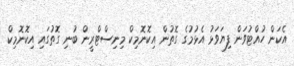
އެކަން ހުއްޓުވަން ފިޔަވަޅު އެޅުމުގެ ގޮތުން އިކޮނޮމިކް މިނިސްޓްރީން ބުނި ގޮތުގައި އިކޮނޮމިކް